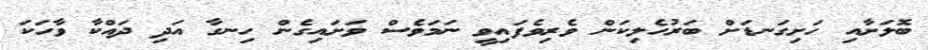
ބޮލަށާއި ހަށިގަނޑަށް ބަރުހެލިކަން ވެރިވެފައިވީ ނަމަވެސް ވަށައިގެން ހިނގާ އަދި ދައްކާ ވާހަކަ